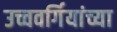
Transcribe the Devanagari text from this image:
उच्चवर्गियांच्या